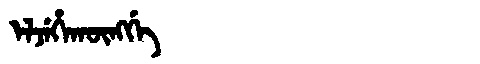
Manchu: ᡝᠯᠵᡝᡥᠠᡴᡡᠩᡤᡝ
Romanization: ELJEHAKŪNGGE